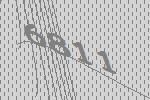
6811